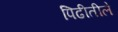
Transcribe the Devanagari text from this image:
पिढीतीले